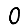
Digit: 0